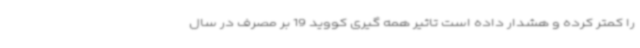
را کمتر کرده و هشدار داده است تاثیر همه گیری کووید 19 بر مصرف در سال